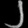
Digit: ၂